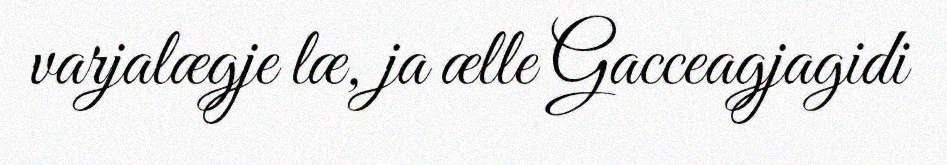
varjalægje læ, ja ælle Gacceagjagidi